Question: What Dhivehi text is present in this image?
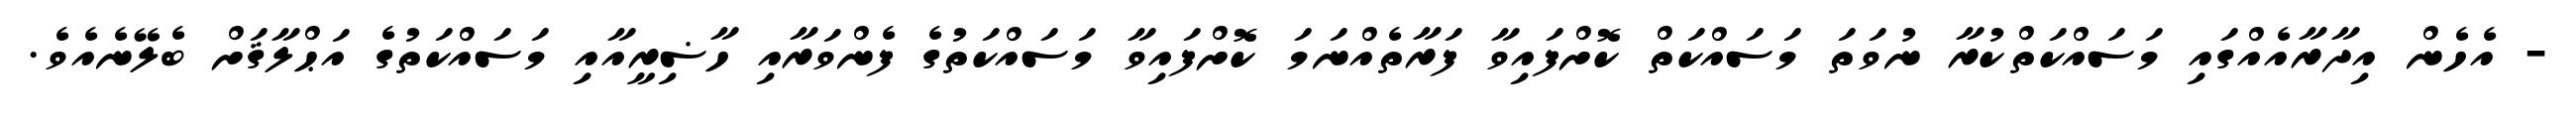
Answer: - އެހެން އިދާރާއެއްގައި މަސައްކަތްކުރާ ނުވަތަ މަސައްކަތް ކޮށްފައިވާ ފަރާތެއްނަމަ ކޮށްފައިވާ މަސައްކަތުގެ ފެންވަރާއި ހާޟިރީއާއި މަސައްކަތުގެ އަޙްލާޤަށް ބެލޭނެއެވެ.